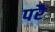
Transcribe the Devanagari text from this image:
परेै